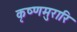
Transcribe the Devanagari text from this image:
कृष्णमुरारि